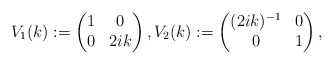
\begin{align*}V_1(k):=\begin{pmatrix}1 & 0 \\0 & 2ik\end{pmatrix},V_2(k):=\begin{pmatrix}(2ik)^{-1} & 0 \\0 & 1\end{pmatrix},\end{align*}